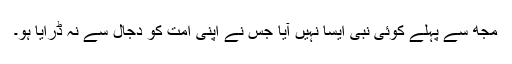
مجھ سے پہلے کوئی نبی ایسا نہیں آیا جس نے اپنی امت کو دجال سے نہ ڈرایا ہو۔